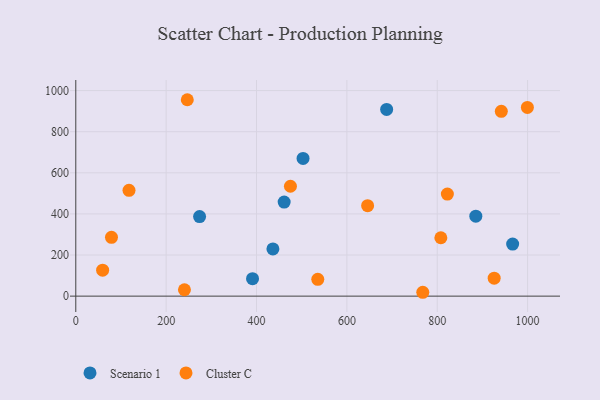
{"axis": {"x": "Ad Spend", "y": "Exam Score"}, "legend": ["Cluster C", "Scenario 1"], "data": [{"x": "885.4", "y": 389.0, "type": "Scenario 1"}, {"x": "688.0", "y": 908.3, "type": "Scenario 1"}, {"x": "274.0", "y": 387.1, "type": "Scenario 1"}, {"x": "503.0", "y": 669.9, "type": "Scenario 1"}, {"x": "461.2", "y": 457.8, "type": "Scenario 1"}, {"x": "436.3", "y": 229.7, "type": "Scenario 1"}, {"x": "391.2", "y": 85.2, "type": "Scenario 1"}, {"x": "966.9", "y": 253.1, "type": "Scenario 1"}, {"x": "59.4", "y": 126.2, "type": "Cluster C"}, {"x": "79.0", "y": 286.3, "type": "Cluster C"}, {"x": "999.5", "y": 918.1, "type": "Cluster C"}, {"x": "475.1", "y": 534.6, "type": "Cluster C"}, {"x": "645.9", "y": 440.2, "type": "Cluster C"}, {"x": "117.8", "y": 514.7, "type": "Cluster C"}, {"x": "926.0", "y": 87.5, "type": "Cluster C"}, {"x": "822.4", "y": 496.8, "type": "Cluster C"}, {"x": "246.8", "y": 955.6, "type": "Cluster C"}, {"x": "941.8", "y": 899.1, "type": "Cluster C"}, {"x": "808.0", "y": 284.0, "type": "Cluster C"}, {"x": "240.5", "y": 31.1, "type": "Cluster C"}, {"x": "535.6", "y": 81.6, "type": "Cluster C"}, {"x": "768.0", "y": 18.8, "type": "Cluster C"}]}